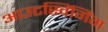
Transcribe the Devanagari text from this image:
आउटस्विंगिंग